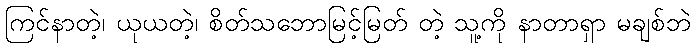
ကြင်နာတဲ့၊ ယုယတဲ့၊ စိတ်သဘောမြင့်မြတ် တဲ့ သူ့ကို နာတာရှာ မချစ်ဘဲ